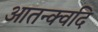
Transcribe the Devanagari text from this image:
आतन्क्वदि